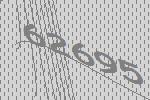
62695